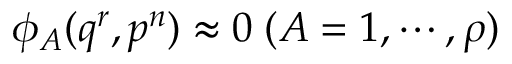
\phi _ { A } ( q ^ { r } , p ^ { n } ) \approx 0 \; ( A = 1 , \cdots , \rho )